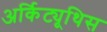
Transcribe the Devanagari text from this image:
अर्किट्यूथिस